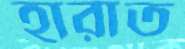
হারাত